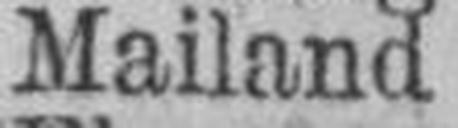
Mailand